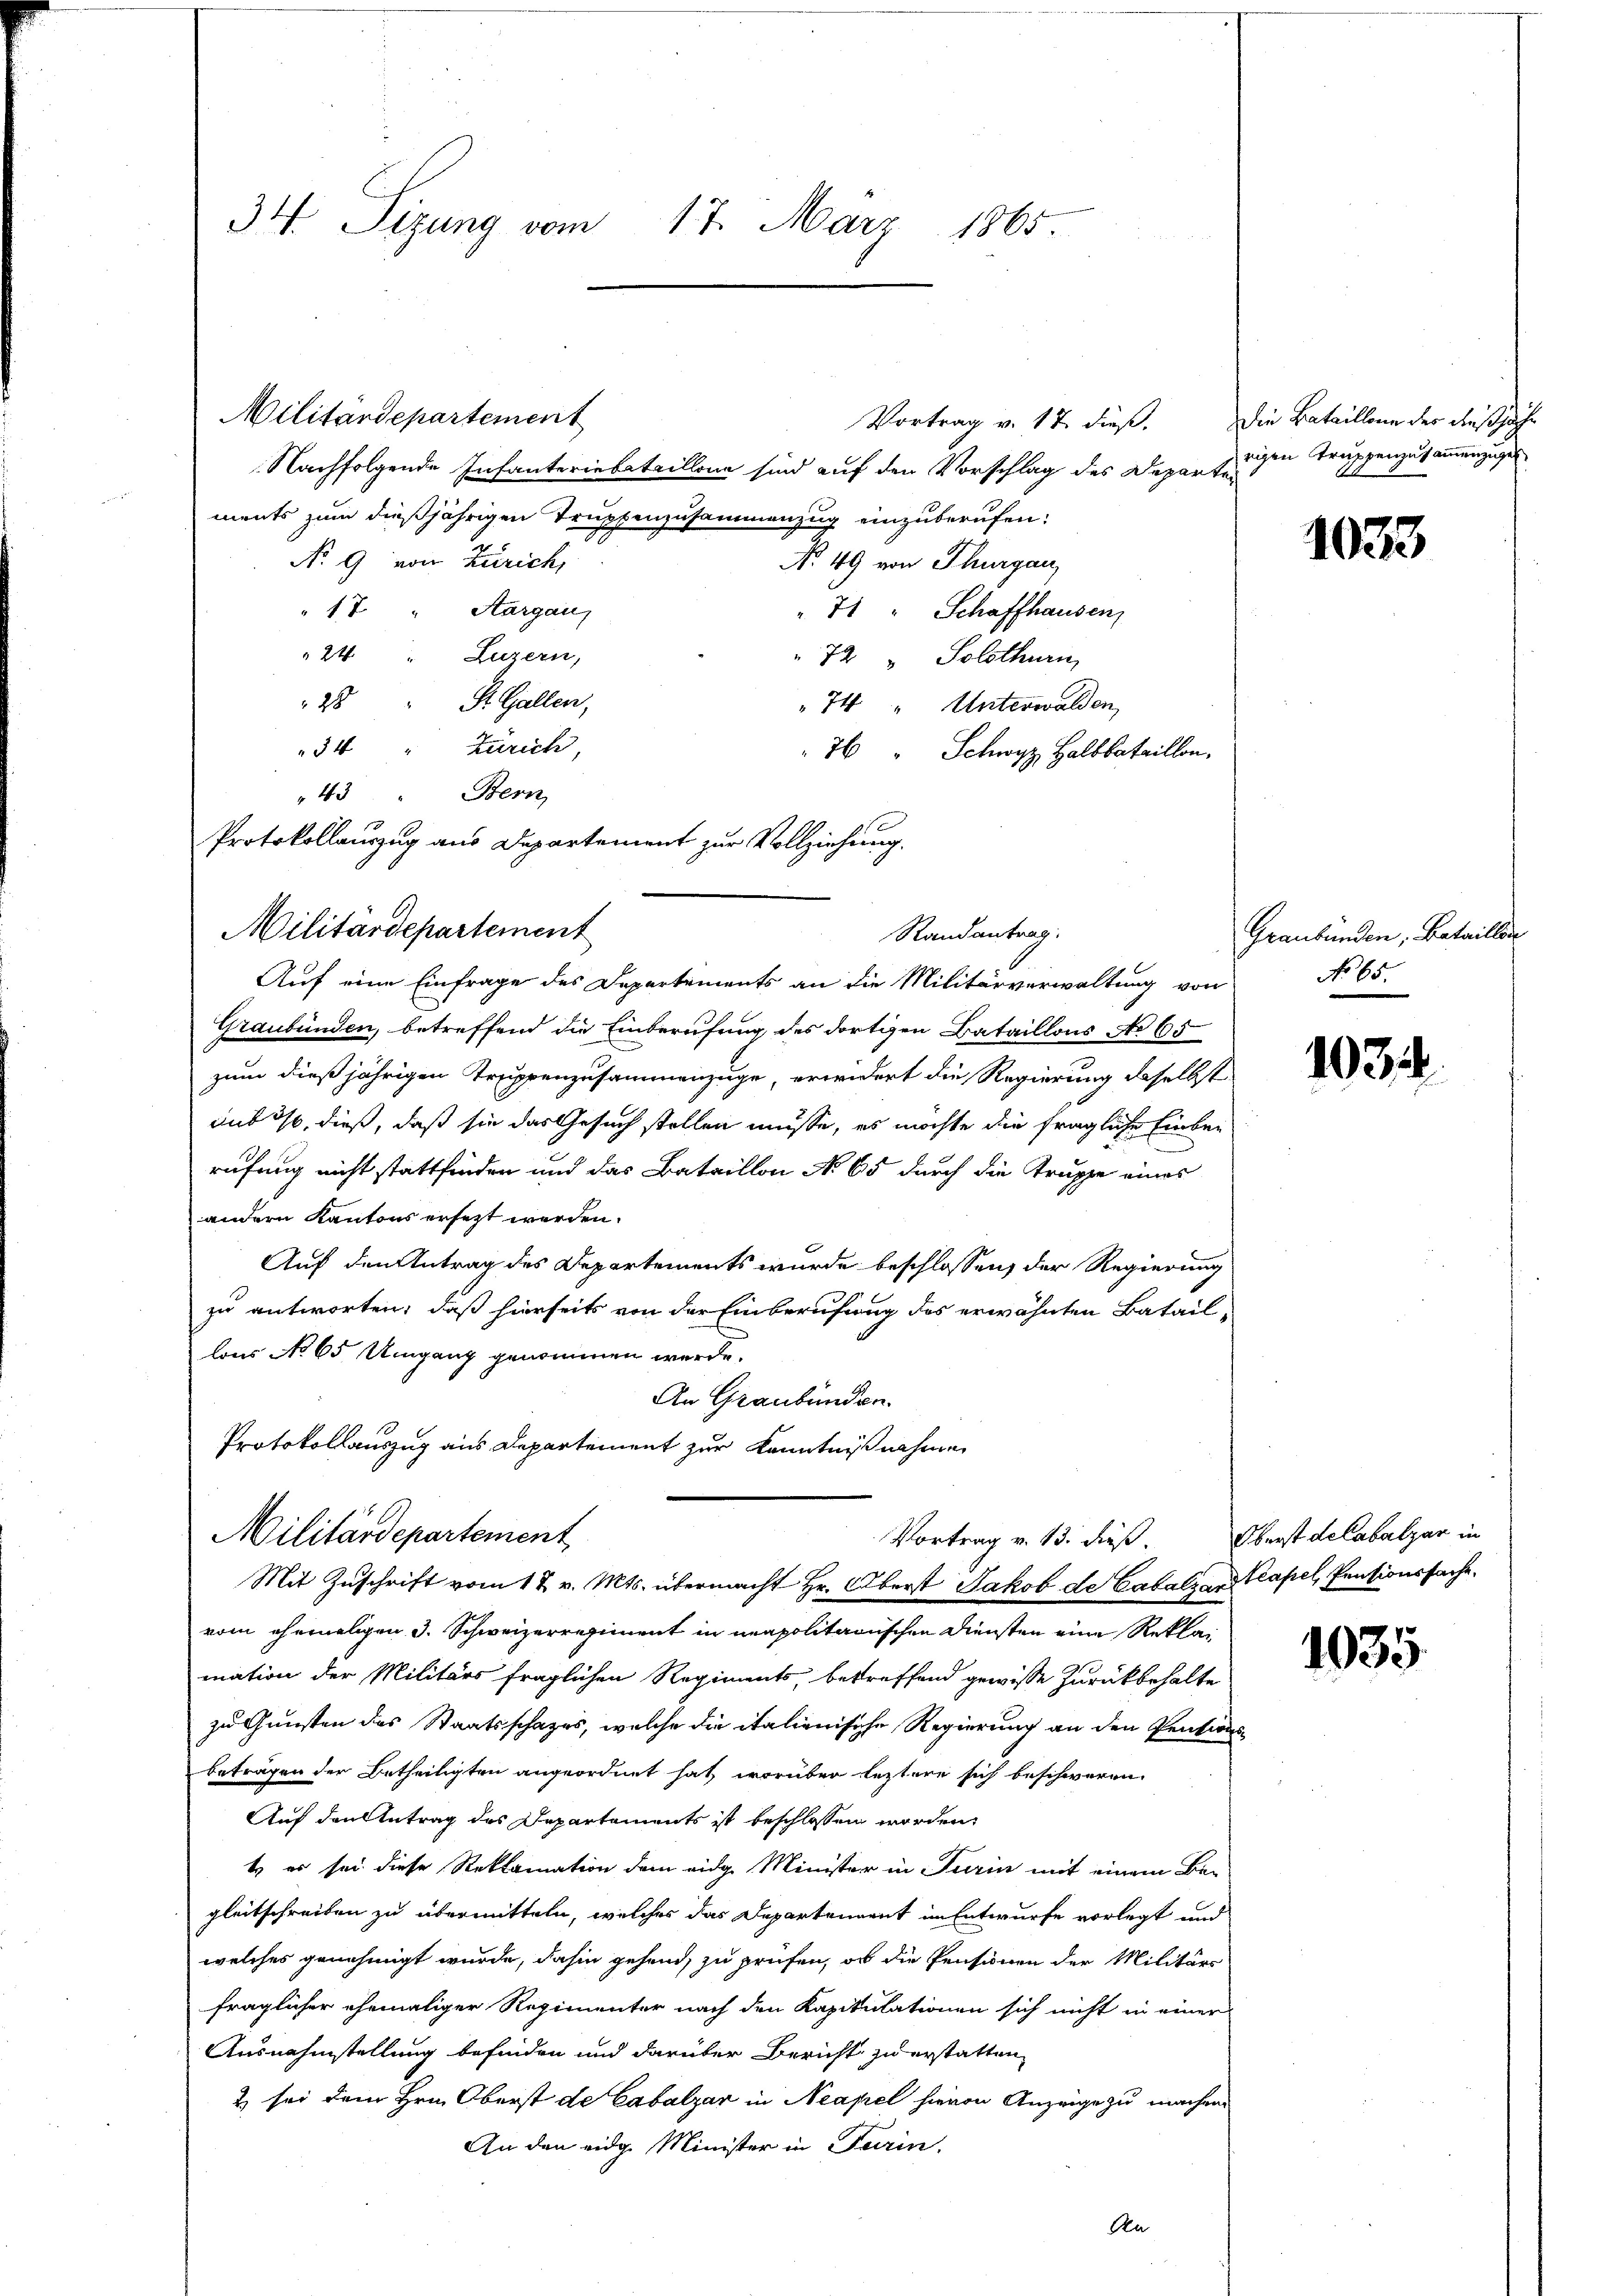
34 Sizung vom 17. März 1865.

Militärdepartement
Vortrag v. 17. dieß.
Nachfolgende Infanteriebataillone sind auf den Vorschlag des Departigen Truppenzusammenzuges
ments zum dießjährigen Truppenzusammenzug einzuberufen:
No 9 von Zürich,
No 49 von Thurgau,
17. " Aargau
71 " Schaffhausen,
24 " Luzern,
72 " Solothurn
28 " St. Gallen,
74 " Unterwalden,
34 " Zürich,
 "Schwyz Halbbataillon,
43 " Bern,
Auf eine Einfrage des Departements an die Militärverwaltung von
Graubünden, betreffend die Einberufung des dortigen Bataillons No 65
zum dießjährigen Truppenzusammenzuge, erwidert die Regierung daselbst
aub 30, dieß, daß sie das Gesuch stellen müsse, es möchte die fragliche Einberufung nicht stattfinden und das Bataillon No 65 durch die Truppe eines
andern Kantons ersezt werden.
Auf den Antrag des Departements wurde beschlossen, der Regierung
zu antworten, daß hierseits von der Einberufung des erwähnten Batail-
lons No 65 Umgang genommen werde.
An Graubünden.
Protokollauszug aus Departement zur Kenntnißnahme
Militärdepartement
Vortrag v. 13. dieß.
Mit Zuschrift vom 1 t v. Mts. übermacht Hr. Oberst Jakob de Catals an Capel, Pensionssache,
vom ehemaligen J. Schweizerregiment in neapolitarischen Diensten eine Reklai
mation der Militärs fraglichen Regiments, betreffend gewisse zurückbehalte
zu Gunsten des Staatsschazes, welche die italienische Regierung an den Pentions
betragen der Betheiligten angeordnet hat, worüber leztere sich beschweren.
Auf den Antrag des Departements ist beschlossen worden
t er sei diese Reklamation dem eidg. Minister in Turin mit einem Ber
gleitschreiben zu übermitteln, welches das Departement im Entwurfe vorlegt und
welches genehmigt wurde, dahin gehend, zu prüfen, ob die Pensionen der Militärs
fraglicher ehemaliger Regimenter nach den Kapitulationen sich nicht in einer
Ausnahmstellung befinden und darüber Bericht zu erstatten,
2 sei dem Hrn. Oberst de Cabalyár in Neapel hievon Anzeige zu machen
An den eidg. Minister in Turin.
Ra

Militärdepartement

Protokollauszug aus Departement zur Vollziehung.

Randantrag:

Die Bataillone der den schichte

1033

Graubünden, Bataillon
No 65.

103.

Oberst de Cabatzar in

1035.